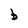
Character: b